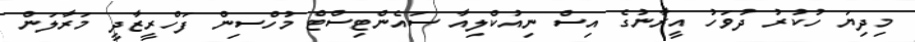
މިދިޔަ ހުކުރު ދުވަހު އީރާނުގެ އިސް ނިއުކްލިއާ ސައެންޓިސްޓް މުހްސިން ފަހްރީޒާދީ މަރާލަން